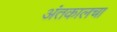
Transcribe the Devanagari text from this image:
अंतकालचा